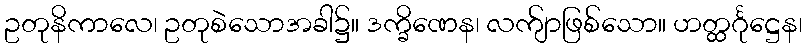
ဥတုနိကာလေ၊ ဥတုစဲသောအခါ၌။ ဒက္ခိဏေန၊ လက်ျာဖြစ်သော။ ဟတ္ထင်္ဂုဋ္ဌေန၊